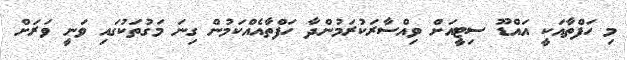
މި ހަފްތާއަކީ އައްޑޫ ސިޓީއަށް ވިއްސާރަކުރަމުންދާ ހަފްތާއެއްކަމުން ގިނަ މަގުތަކުގައި ވަނީ ވަރަށް